Vaccination North-Western Provinces 1866-1877 - 1866-1877
Year: 1866
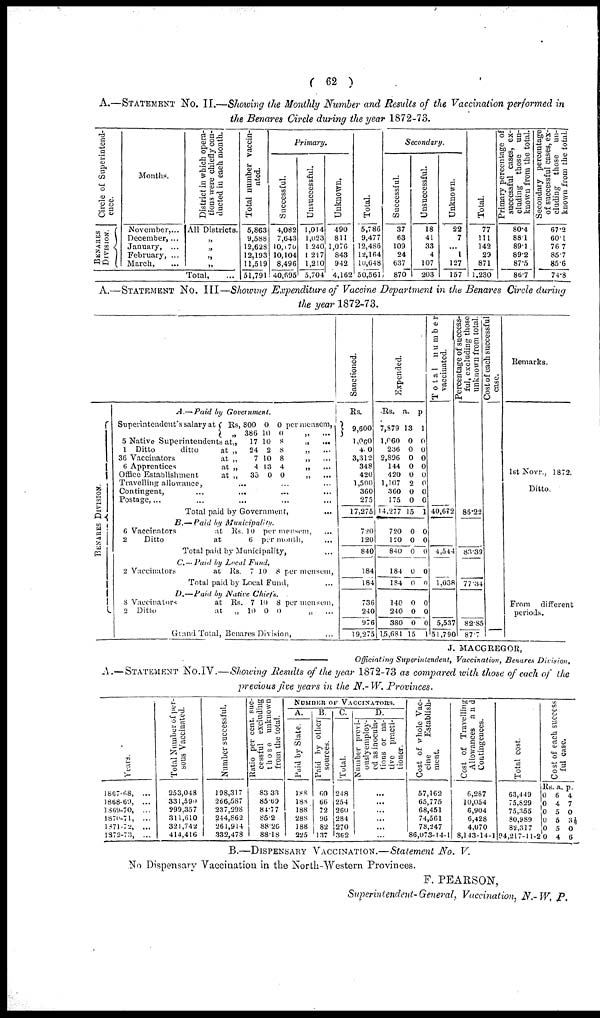
( 62 )
A.—STATEMENT NO. II.—Showing the Monthly Number and Results of the Vaccination performed in
the Benares Circle during the year 1872-73.
Circle of Superintend-
ence.
DIVISION.
Months.
November,...
December,...
January, ...
February, ...
March, ...
District in which opera-
tions were chiefly con-
ducted in each month.
All Districts.
„
„
„
„
Total, ...
Total number vaccin-
ated.
5,863
9,588
12,628
12,193
11,519
51,791
Primary.
Successful.
4,082
7,643
10,170
10,104
8,496
40,695
Unsuccessful.
1,014
1,023
1,240
1,217
1,210
5,704
Unknown.
490
811
1,076
843
942
4,162
Total.
5,786
9,477
12,486
12,164
10,648
50,561
Secondary.
Successful.
37
63
109
24
637
870
Unsuccessful.
18
41
33
4
107
203
Unknown.
22
7
...
1
127
157
Total.
77
111
142
29
871
1,230
Primary percentage of
successful cases, ex-
cluding those
un-
known from the total.
80.4
88.1
89.1
89.2
87.5
86.7
Secondary percentage
of successful cases, ex-
cluding those
un-
known from the total.
67.2
60.1
76.7
85.7
856
74.8
A.—STATEMENT NO. III—Showing Expenditure of Vaccine Department in the Benares Circle during
the year 1872-73.
BENARES DIVISION.
A.—Paid
by Government.
Superintendent's salary at
5 Native Superintendents at
1 Ditto
ditto
at
36 Vaccinators
at
6 Apprentices
at
Office Establishment
at
Rs,
„
„
„
„
„
800
386
17
24
7
4
35
0
10
10
2
10
13
0
0 per mensem,
0
„
...
8
„
...
8
„ ...
8
„ ...
4
„
...
0
„
...
Travelling allowance, ... ... ...
Contingent, ... ... ... ...
Postage,... ... ... ... ...
Total paid by Government, ...
B.— Paid by
Municipality.
6 Vaccinators
at
2
Ditto
at
Rs. 10
6
per mensem, ...
per month,
Total paid by Municipality,
C. — Paid by Local Fund,
2 Vaccinators
at Rs.
7 10 8 per mensem,
Total paid by Local Fund, ...
D.—Paid
by Native Chiefs.
8 Vaccinators
at
2 Ditto
at
Rs.
„
7
10
10
0
8 per mensem,
0
„ ...
Grand Total, Benares Division, ...
Sanctioned.
Rs.
9,600
1,060
4.0
3,312
348
420
1,500
360
275
17,275
720
120
840
184
184
736
240
976
19,275
Expended.
Rs.
7,879
1,060
236
2,896
144
420
1,107
360
175
14,277
720
120
840
184
184
140
240
380
15,681
a.
13
0
0
0
0
0
2
0
0
15
0
0
0
0
0
0
0
0
15
p
1
0
0
0
0
0
0
0
0
1
0
0
0
0
0
0
0
0
1
Total number
vaccinated.
40,672
4,544
1,038
5,537
51,790
Percentage of success
ful, excluding those
unknown from total
86.22
83.39
77.34
82.85
87.7
Cost of each successful
case.
Remarks.
1st Novr., 1872.
Ditto.
From
different
periods.
J. MACGREGOR,
Officiating Superintendent, Vaccination, Benares Division.
A.—STATEMENT NO.IV.—Showing Results of the year 1872-73 as compared with those of each of the
previous five years in the N.-W. Provinces.
Years.
1867-68, ...
1868-69, ...
1869-70,
...
1870-71,
...
1871-72, ...
1372-73, ...
Total Number of per-
sons Vaccinated.
253,048
331,590
299,357
311,610
321,742
414,416
Number successful.
198,317
266,587
237,298
244,862
261,914
332,478
Ratio per cent, suc-
cessful excluding
those unknown
from the total.
83.33
85.69
84.77
85.2
88.26
88.18
NUMBER OF VACCINATORS.
A.
Paid by State.
188
188
188
288
188
225
B.
Paid by other
sources.
60
66
72
96
82
137
C.
Total.
248
254
260
284
270
362
D.
Number previ-
ouslyemploy-
ed as inocula-
tions or na-
tive practi-
tioner.
...
...
...
...
...
...
Cost of whole Vac-
cine
Establish-
ment.
57,162
65,775
68,451
74,561
78,247
86,073-14-1
Cost of Travelling
Allowances and
Contingeuces.
6,287
10,054
6,904
6,428
4,070
8,143-14-1
Total cost.
63,449
75,829
75,355
80,989
82,317
94,217-11-2
Cost of each successful case.
Rs.
0
0
0
0
0
0
a.
6
4
5
5
5
4
p.
4
7
0
3½
0
6
B.—DISPENSARY VACCINATION.—Statement No. V.
No Dispensary Vaccination in the North-Western Provinces.
F. PEARSON,
Superintendent-General, Vaccination, N.-W. P.